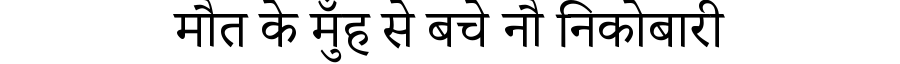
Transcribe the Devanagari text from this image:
मौत के मुँह से बचे नौ निकोबारी